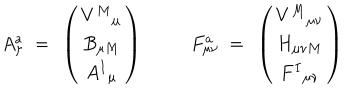
LaTeX: A _ { \mu } ^ { a } ~ = ~ \left( \begin{matrix} { { V ^ { M } { } _ { \mu } } } \\ { { B _ { \mu M } } } \\ { { A ^ { I } { } _ { \mu } } } \\ \end{matrix} \right) { } ~ F _ { \mu \nu } ^ { a } ~ = ~ \left( \begin{matrix} { { V ^ { M } { } _ { \mu \nu } } } \\ { { H _ { \mu \nu M } } } \\ { { F ^ { I } { } _ { \mu \nu } } } \\ \end{matrix} \right)